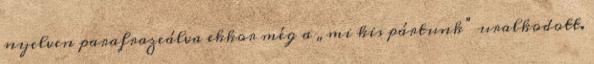
nyelven parafrazeálva ekkor még a „mi kis pártunk” uralkodott.